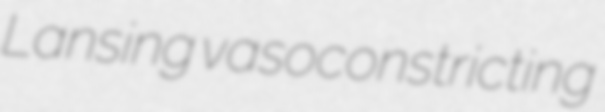
Lansing vasoconstricting